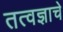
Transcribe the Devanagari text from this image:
तत्वज्ञाचे